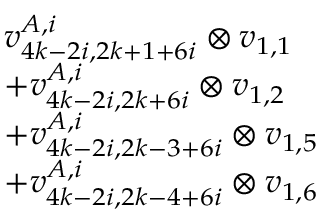
\begin{array} { r l } & { v _ { 4 k - 2 i , 2 k + 1 + 6 i } ^ { A , i } \otimes v _ { 1 , 1 } } \\ & { + v _ { 4 k - 2 i , 2 k + 6 i } ^ { A , i } \otimes v _ { 1 , 2 } } \\ & { + v _ { 4 k - 2 i , 2 k - 3 + 6 i } ^ { A , i } \otimes v _ { 1 , 5 } } \\ & { + v _ { 4 k - 2 i , 2 k - 4 + 6 i } ^ { A , i } \otimes v _ { 1 , 6 } } \end{array}